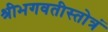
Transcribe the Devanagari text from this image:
श्रीभगवतीस्तोत्रं